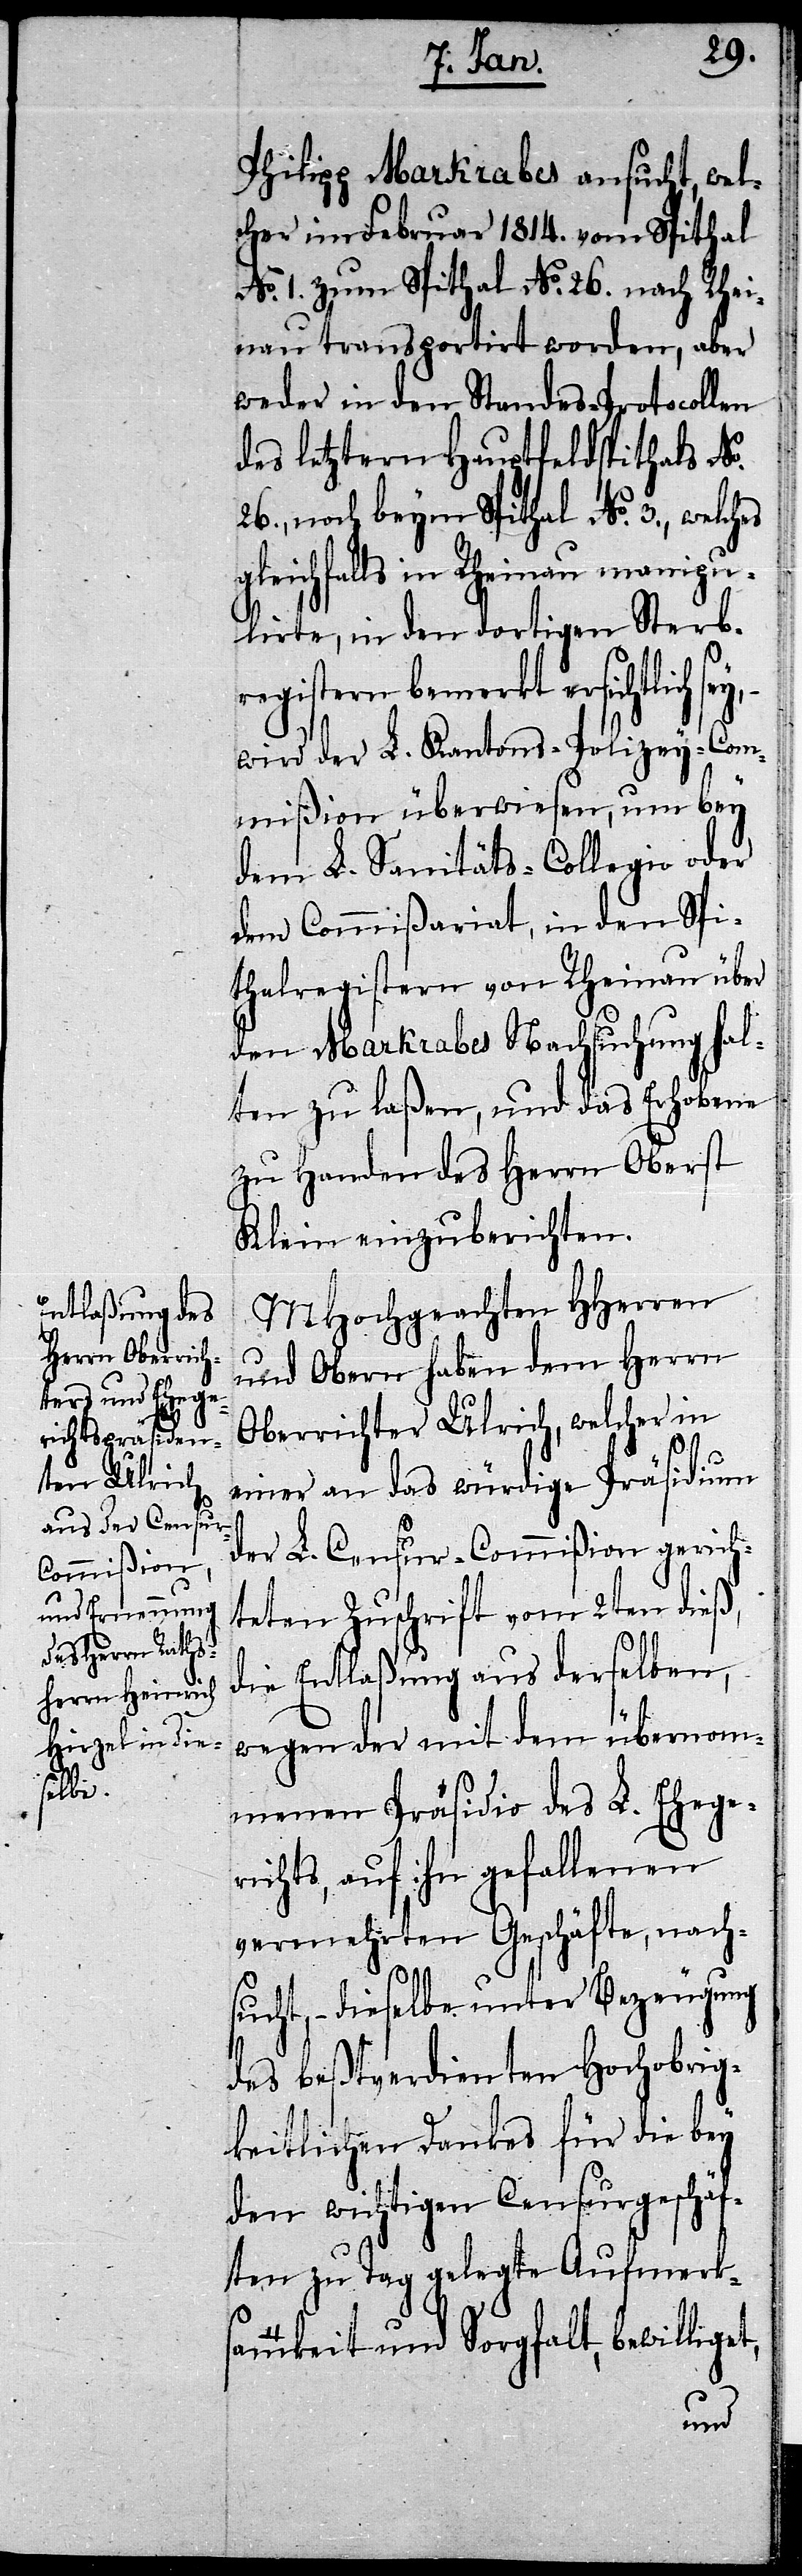
Philipp Markrabes ansucht, wel¬
cher im Februar 1814. vom Spithal
No. 1. zum Spithal No. 26. nach Rhei¬
nau transportirt worden, aber
weder in den Standes-Protocollen
des letztern Hauptfeldspithals No.
26., noch beym Spithal No 3., welch¬
wichtigen Censurgeschäf¬
lirte, in den dortigen Sterb¬
den
registern bemerkt ersichtlich
wird der L. Kantons-Polizey-Com¬
mißion überwiesen, um bey
dem L. Sanitäts-Collegio oder
dem Commißariat, in den Spi¬
thalregistern von Rheinau über
den Markrabes Nachsuchung hal¬
ten zu laßen, und das Erhobene
zu Handen des Herrn Oberst
Klein einzuberichten.
MHochgeachten HHerren
und Obern haben dem Herrn
Oberrichter Ulrich, welcher in
einer an das würdige Präsidium
der L. Censur-Commißion gerich¬
teten Zuschrift vom 2ten dieß,
die Entlaßung aus derselben,
wegen der mit dem übernom¬
menen Präsidio des L. Ehege¬
richts, auf ihn gefallenen
vermehrten Geschäfte, nach¬
sucht, – dieselbe unter Bezeugung
des beßtverdienten Hochobrig¬
keitlichen Dankes für die bey
ten zu Tag gelegte Aufmerk¬
samkeit und Sorgfalt, bewilliget,